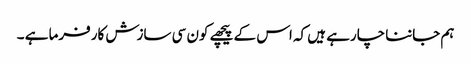
ہم جاننا چارہے ہیں کہ اس کے پیچھے کون سی سازش کارفرما ہے ۔